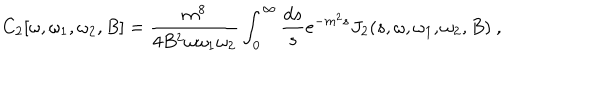
LaTeX: C _ { 2 } [ \omega , \omega _ { 1 } , \omega _ { 2 } , B ] = { \frac { m ^ { 8 } } { 4 B ^ { 2 } \omega \omega _ { 1 } \omega _ { 2 } } } \int _ { 0 } ^ { \infty } { \frac { d s } { s } } e ^ { - m ^ { 2 } s } J _ { 2 } ( s , \omega , \omega _ { 1 } , \omega _ { 2 } , B ) ~ ,